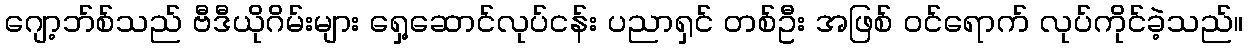
ဂျော့ဘ်စ်သည် ဗီဒီယိုဂိမ်းများ ရှေ့ဆောင်လုပ်ငန်း ပညာရှင် တစ်ဦး အဖြစ် ဝင်ရောက် လုပ်ကိုင်ခဲ့သည်။